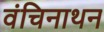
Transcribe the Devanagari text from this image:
वंचिनाथन